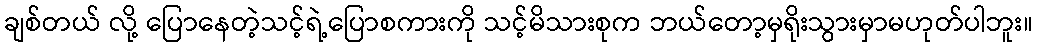
ချစ်တယ် လို့ ပြောနေတဲ့သင့်ရဲ့ပြောစကားကို သင့်မိသားစုက ဘယ်တော့မှရိုးသွားမှာမဟုတ်ပါဘူး။